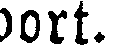
bort.